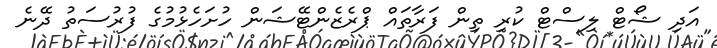
އަދި ޝޯޓް ލިސްޓް ކުރި ތިން ފަރާތައް ޕްރެޒެންޓޭޝަން ހުށަހެޅުމުގެ ފުރުސަތު ދޭނެ